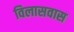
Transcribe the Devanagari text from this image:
विलासवास